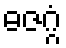
ဓဇဂ္ဂံ